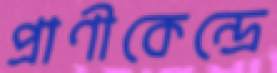
প্রাণীকেন্দ্রে